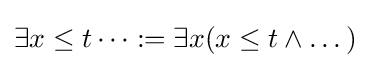
\exists x\leq t\dots :=\exists x(x\leq t\wedge \dots )